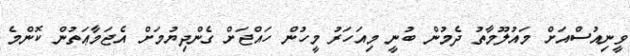
ވީނިއުސްއަށް މައުލޫމާތު ދެމުން ބުނީ މިއަހަރު މީހުން ހައްޖަށް ގެންދިޔުމަށް އެޖަމާޢަތުން ކޮންމެ